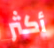
أكثر